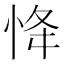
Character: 𢘸